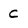
Character: C